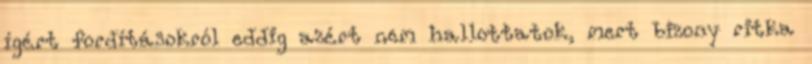
ígért fordításokról eddig azért nem hallottatok, mert bizony ritka